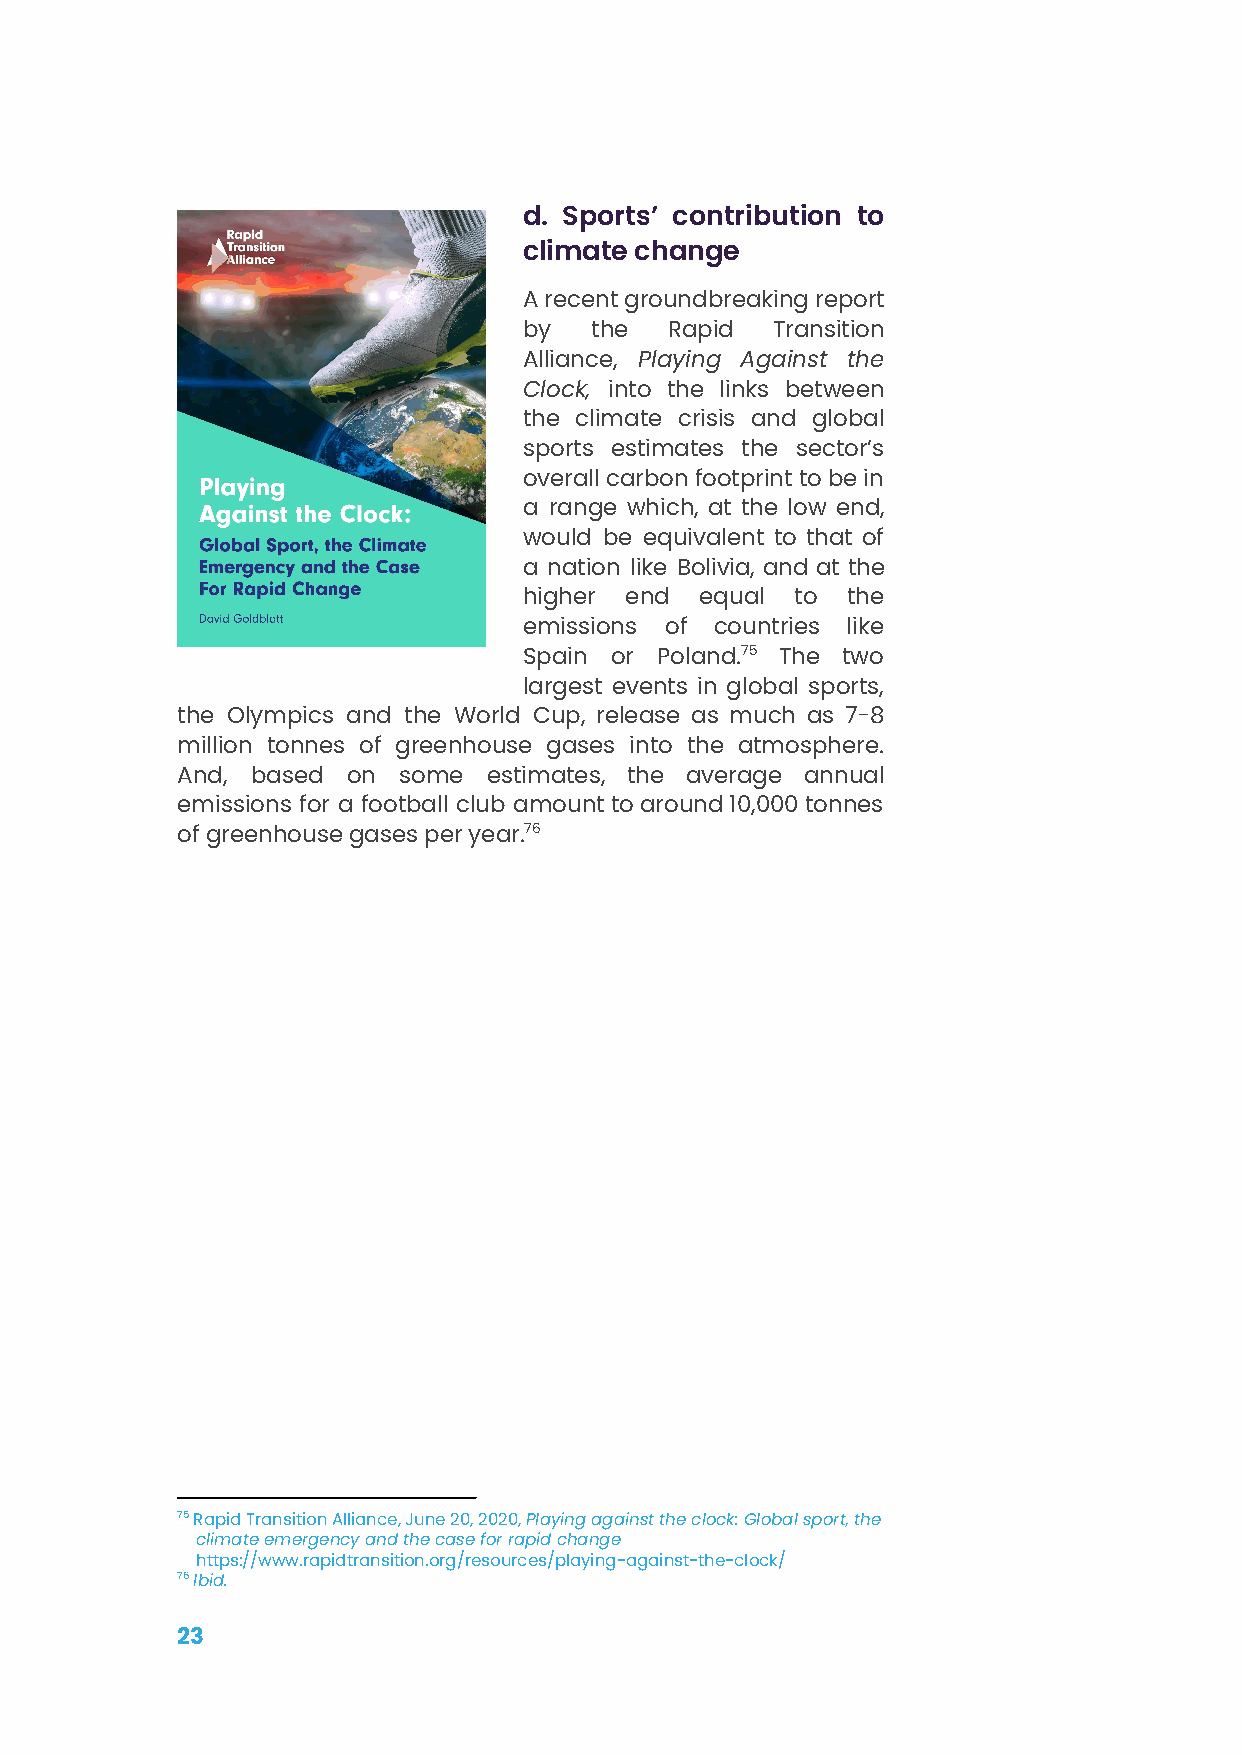
d. Sports’ contribution to
 climate change
 Arecentgroundbreakingreport
 by  the  Rapid  Transition
 Alliance, Playing Against the
 Clock, into the links between
 the climate crisis and global
 sports estimates the sector’s
 overallcarbonfootprinttobein
 a range which, at the low end,
 would be equivalent to that of
 a nation like Bolivia, and at the
 higher end equal  to the
 emissions of countries like
 Spain or Poland.75 The two
 largest events in global sports,
 the Olympics and the World Cup, release as much as 7-8
 million tonnes of greenhouse gases into the atmosphere.
 And, based on some  estimates, the average annual
 emissions for a football club amounttoaround10,000tonnes
 of greenhouse gases per year.76
 75Rapid Transition Alliance, June 20, 2020,Playingagainst the clock: Global sport, the
 climate emergency and the case for rapid change
 https://www.rapidtransition.org/resources/playing-against-the-clock/
 76Ibid.
 23